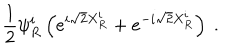
LaTeX: \frac { 1 } { 2 } \psi _ { R } ^ { i } \left( e ^ { i \sqrt { 2 } X _ { R } ^ { i } } + e ^ { - i \sqrt { 2 } X _ { R } ^ { i } } \right) \ .